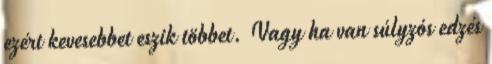
ezért kevesebbet eszik többet. Vagy ha van súlyzós edzés